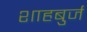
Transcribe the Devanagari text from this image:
शाहबुर्ज